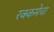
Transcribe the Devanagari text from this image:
रक्कमेचा